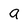
Character: a